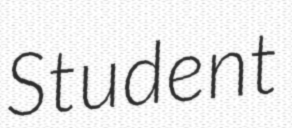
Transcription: Student